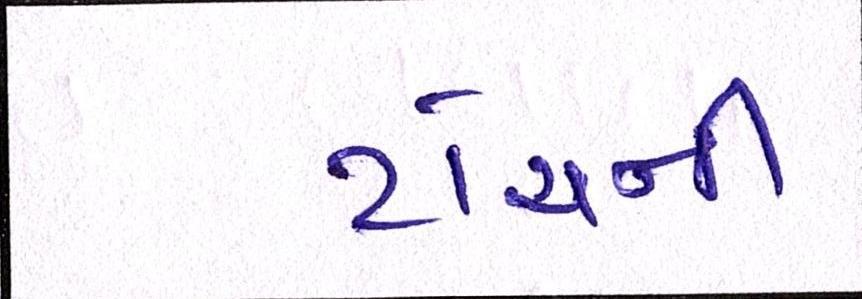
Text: ટોચની